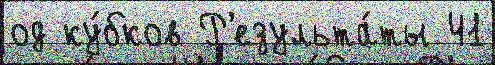
од ку́бков Р'езульта́ты 41